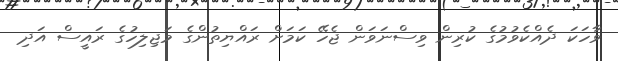
ވާހަކަ ދެއްކެވުމުގެ ކުރިން ވިސްނަވަން ޖެހޭ ކަމަށް ރައްޔިތުންގެ މަޖިލިހުގެ ރައީސް އަދި